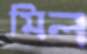
মিল